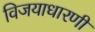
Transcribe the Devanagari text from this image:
विजयाधारणी